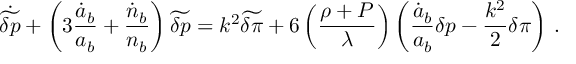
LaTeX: \dot { \widetilde { \delta p } } + \left( 3 { \frac { \dot { a } _ { b } } { a _ { b } } } + { \frac { \dot { n } _ { b } } { n _ { b } } } \right) \widetilde { \delta p } = k ^ { 2 } \widetilde { \delta \pi } + 6 \left( { \frac { \rho + P } { \lambda } } \right) \left( { \frac { \dot { a } _ { b } } { a _ { b } } } \delta p - { \frac { k ^ { 2 } } { 2 } } \delta \pi \right) \, .